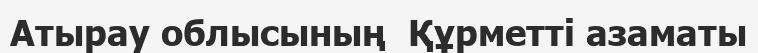
Атырау облысының  Құрметті азаматы